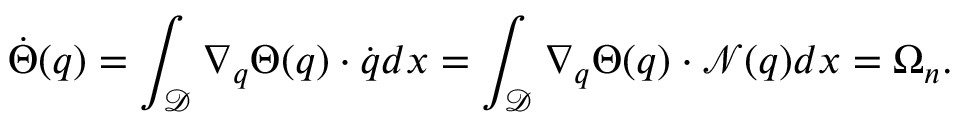
\dot { \Theta } ( \boldsymbol { q } ) = \int _ { \mathcal { D } } \nabla _ { \boldsymbol { q } } \Theta ( \boldsymbol { q } ) \cdot \dot { \boldsymbol { q } } d \boldsymbol { x } = \int _ { \mathcal { D } } \nabla _ { \boldsymbol { q } } \Theta ( \boldsymbol { q } ) \cdot \mathcal { N } ( \boldsymbol { q } ) d \boldsymbol { x } = \Omega _ { n } .